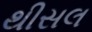
થીસલ